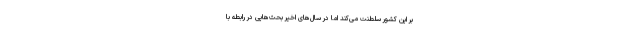
بر این کشور سلطنت می‌کند اما در سال‌های اخیر بحث‌هایی در رابطه با